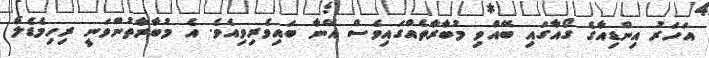
އަހަރު އިންޑިއާގެ ގޯއާގައި ބޭއްވި މުބާރާތެއްގައިވެސް އޭނާ ބައިވެރިވިއެވެ. އެ މުބާރާތުންވަނީ ރިހިމެޑެލް